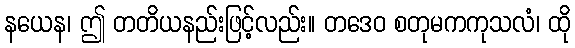
နယေန၊ ဤ တတိယနည်းဖြင့်လည်း။ တဒေဝ စတုမကကုသလံ၊ ထို